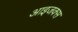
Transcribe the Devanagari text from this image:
आइजक्स